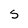
Character: S